Vital statistics of India. Vol. IV, Annual returns from 1871 to 1876. British Army of India, Native Army and jails of Bengal
Year: 1871
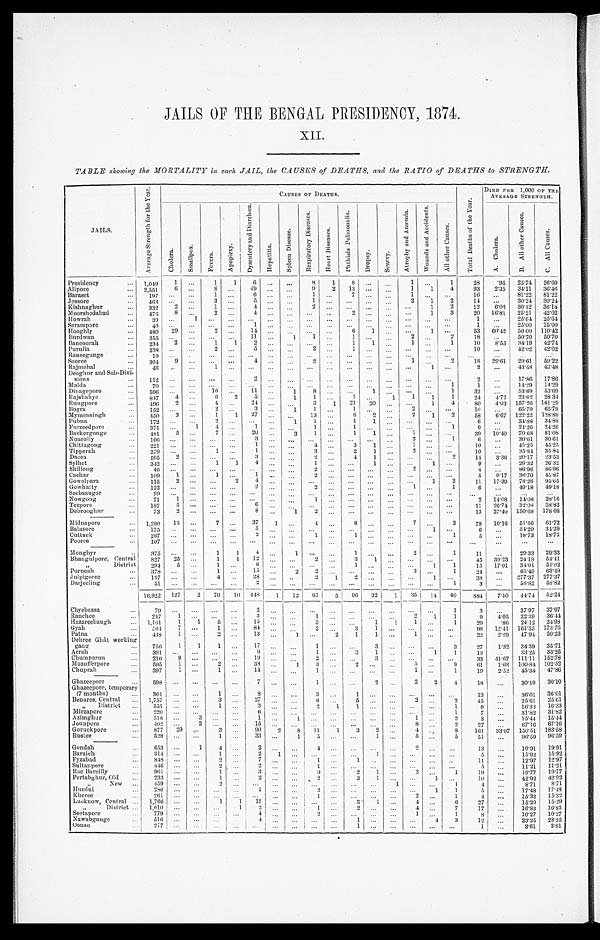
JAILS OF THE BENGAL PRESIDENCY , 1874.
XII
TABLE showing the MORTALITY in each JAIL, the CAUSES of DEATHS, and the RATIO of DEATHS to STRENGTH.
JAILS.
A v e r a g e S t r e n g t h f o r t h e Y e a r .
CAUSES OF DEATHS.
T o t a l d e a t h s o f t h e Y e a r .
D I E D P E R 1 , 0 0 0 O F T H E
AVERAGE STRENGTH.
C h o l e r a . S m a l l p o x . F e v e r s .
A p o p l e x y . D y s e n t e r y a n d D i a r r h œ a .
H e p a t i t i s . S p l e e n D i s e a s e .
R e s p i r a t o r y D i s e a s e s .
H e a r t D i s e a s e s .
P h t h i s i s P u l m o n a l i s .
D r o p s y .
S c u r v y .
A t r o p h y a n d A n æ m i a .
W o u n d s a n d A c c i d e n t s .
A l l o t h e r C a u s e s .
A . C h o l e r a .
B . A l l o t h e r C a u s e s .
C . A l l C a u s e s .
P r e s i d e n c y 1 , 0 4 9
1
1 1 6
8 1
8
1
1
2 8 . 9 5 25. 74 26.69
Alipore
2 , 5 5 1 6
8
4 9
9 2
1 3
1 1 4
9 3 2. 35 3 4 . 1 1 36.46
Baraset
1 9 7
1
6
1
7
1
1 6
8 1 . 2 2 81.22
Jessore
463
3
5
1
2
1 2
1 4
3 0 . 2 4 30.24
Ki shnaghur
3 3 2 2
1
4
2
1 2
1 2 6. 02 3 0 . 1 2 36.14
M o o r s h e d a b a d 4 7 6 8
2
4
2
1 3 20 16.81 25. 21 42.02
H o w r a h 3 9
1
1 2 5 . 6 4 25.64
Serampore
4 0
1
1 2 5 . 0 0 25.00
Hooghl y
480 2 9
2
14
6 1
1
5 3 6 0 . 4 2
5 0 . 0 0 110.42
Burdwan
3 5 5
1 1
1 1
1
2
2
1 8
5 0 . 7 0 50.70
Bancoorah
2 3 4 2
1 1 2
1 1
1
1 10 8.55 3 4 . 1 9 42.74
• P u r u l i a 238
2
5
2
1
10
42.02 42.02
Raneegunge
1 9
Sooree
304 9
4
2
1
2
1 8 29. 61 29.61 59.22
R a j m e h e l
4 6
1
1
2 4 3 . 4 8 43.48
Deoghur and Sub-Di vi -
sions
1 1 2
2
2
1 7 . 8 6 17. 86
Malda
7 0
1
1 1 4 . 2 9 14. 29
Dinagepore
5 9 6
1 0
11
1
8
1
1
3 2
53.69 53.69
Rajshahye
8 4 7 4
6 2 5
1 1
1
1 1 1
1
2 4 4 . 7 2
2 3 . 6 2 28. 34
Rungpore 4 9 6 2
4
24
3 1 21 20
1 4
8 0 4. 03 1 5 7 . 2 6 161.29
Bogra
1 5 2
2
3
1 1
1
2
1 0
6 5 . 7 9 65. 79
Mymensi ngh
4 5 0 3
1 1 2 7
13
6 2
2 1 2
58 6. 67 122. 22 128.89
Pubna
1 7 2
2
1 1
1 1
6
3 4 . 8 8 34. 88
Fur r eedpor e
3 7 1
1 4
1
1
1
1
9
24.26 24.26
Bakergunge
4 8 1 5
7
2 0
3 1
1 1
1
3 9 10. 40 7 0 . 6 8 81. 08
Noacolly
1 9 6
3
2
1
6
3 0 . 6 1 30. 61
Chi ttagong
2 2 1
1
4
3 1
1
1 0 4 5 . 2 5 45. 25
Tipperah
2 7 9
1
1
3
2 1
2
1 0
3 5 . 8 4 35. 84
Dacca
5 9 5 2
3
2
4 1
2
1 43
. 3 6 20.17 23.53
Sylhet
3 4 2
1 1 4
1
1
1
9 2 6 . 3 2 26. 32
Shi l l ong
4 6
2
2
4
8 6 . 9 6 86. 96
Cachar
1 0 9 1
1
1
2
5 9.17 36.70 45. 87
Gowalpara 1 1 5 2
2
4
1 2
1 1
1 7 . 3 9 7 8 . 2 6 95. 65
Gowhatty
1 2 2
2
2
1
1
6 4 9 . 1 8 49. 18
S e e b s a u g o r
9 9
Nowgong
7 1 1
1
2 14. 08 1 4 . 0 8 28. 16
Tezpore 1 8 7 5
6
1 1
26.74 3 2 . 0 8 58. 82
Debrooghur
73 2
8
1 2
1 3
27. 40 1 5 0 . 6 8 178.08
Midnapore
1 , 2 8 0 1 3
7
3 7 1
4
8
7
2
7 9 10. 16 5 1 . 5 6 61. 72
Balasore
1 7 5
5
1
6 3 4 . 2 9 34. 29
Cuttack
2 6 7
2
1
1
1
5 1 8 . 7 3 18. 73
Pooree
1 0 7
Monghyr
3 7 5
1 1 4
1
1
2
1 11
29.33 29.33
B h a u g u l p o r e , C e n t r a l
8 2 7 2 5
1 1 1 2
2
3 1
4 5
3 0 . 2 3
2 4 . 1 8 54. 41
" D i s t r i c t
2 9 4 5
1
6
1
1 1
1 5
17. 01 3 4 . 0 1 51. 02
P u r n e a h
3 7 8
1
15
2 2
3
1
2 4
6 3 . 4 9 63. 49
Julpigoree
1 3 7
4
28
2 1
2
1
3 8
277. 37 277.37
Darjeeling
5 1
2
1
3 5 8 . 8 2 58. 82
16,922 127 2 76 10
3 4 8 1 1 2 85 5 96 32 1 35 14 40
8 8 4 7 . 5 0 44.74 52. 24
Chyebassa
79
2
1 3
37.97 37. 97
Ranehee
247 1
3
1
2 1 1
9
4 . 0 5 3 2 . 3 9 36. 44
Hazareebaugh 1,161 1 1 5
15
3
1 1 1
1 29
. 8 624.12 24.98
Gyah
5 6 4 7
1
8 4
2
3 1
9 8
12. 41 161. 35 173. 76
Patna 438 1
2
13
1
2 1 1
1
2 2
2.29 4 7 . 9 4 50. 23
D e h r e e G h â t w o r k i n g
gang
756 1 1 1
1 7
1
3
3 27 1.32 34.39 35.71
Arrah
391
6
1
3 1
1 1
1 3 3 3 . 2 5 33. 25
Chumparun
216 9
1 9
2
3
33 41.67 111. 11 152.78
Mozufferpore
595 1
2
3 8
1 3
2
5
9
6 1 1 . 6 8 100. 84 102. 52
Chuprah
3 9 7 1
1
1 4
1
1
1
1 9 2. 52 4 5 . 3 4 47. 86
Ghazeepore
598
7
1
2
2 2 4
1 8 30.10 30. 10
Ghazeepor
e , t e m p o r a r y ( 7 m o n t h s ) 361
1
8
3
1
13
36.01 36.01
Benares, Central 1, 757
3
2 7
6
5
2
2
4 5
2 5 . 6 1 2 5 . 6 1
„District
5 5 1
1
3
2 1 1
1 9
16. 33
1 6 . 3 3
Mi rzapore
220
6
1 7
3 1 . 8 2 3 1 . 8 2
A z i m g h u r 518
3
1
1
1
2
8
15. 44
1 5 . 4 4
Jounpore
4 0 2
2
1 5
8
2
2 7
6 7 . 1 6 67. 16
Goruckpore 877 29
3
9 0 2 8 1 1 1 3 2
4
8
1 6 1 3 3 . 0 7 150. 51 183. 58
Bustee
5 2 8
1
3 3
1 5
1
5
5
5 1
96.59 96. 59
Gondah
653
1 4
2
4
2
1 3
1 9 . 9 1 19. 91
B a r a i c h 3 1 4
1
2 1
1
5 15. 92 15. 92
Fyzabad
8 4 8
2
7
1
1
1 1
1 2 . 9 7
1 2 . 9 7
Sul tanpore
4 4 6
2
2
1
5 11.2111.21
Rae Bareilly 9 6 1
1
3
9
2 1
2
1
1 9 19.77
1 9 . 7 7
Pertabghur, Ol d
233
1
2
2
3 1
1
10
42.92
4 2 . 9 2
"New
459
2
1
1
4
8 . 7 1 8 . 7 1
Hurdui
2 8 6
1
2
1 1
5
17. 48
1 7 . 4 8
Kher ee
2 6 1
1
2
1
4
1 5 . 3 2 1 5 . 3 2
Lucknow, Central 1, 766
1 1 1 1
3 1
4
6
2 7
1 5 . 2 9 1 5 . 2 9
" D i s t r i c t 1, 010
1 2
1
2
4
7
1 7 16. 83
1 6 . 8 3
Seetapore
779
4
2
1
1
8
1 0 . 2 7 1 0 . 2 7
Nawabgunge Oonao
5 1 6
2 7 7
4
1
4
3
1 2
1
2 3 . 2 5
3 . 6 1
2 3 . 2 5
3 . 6 1